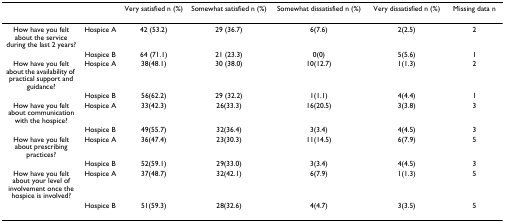
<table><thead><tr><td></td><td></td><td><b>Very satisfied n (%)</b></td><td><b>Somewhat satisfied n (%)</b></td><td><b>Somewhat dissatisfied n (%)</b></td><td><b>Very dissatisfied n (%)</b></td><td><b>Missing data n</b></td></tr></thead><tbody><tr><td>How have you felt about the service during the last 2 years?</td><td>Hospice A</td><td>42 (53.2)</td><td>29 (36.7)</td><td>6(7.6)</td><td>2(2.5)</td><td>2</td></tr><tr><td></td><td>Hospice B</td><td>64 (71.1)</td><td>21 (23.3)</td><td>0(0)</td><td>5(5.6)</td><td>1</td></tr><tr><td>How have you felt about the availability of practical support and guidance?</td><td>Hospice A</td><td>38(48.1)</td><td>30 (38.0)</td><td>10(12.7)</td><td>1(1.3)</td><td>2</td></tr><tr><td></td><td>Hospice B</td><td>56(62.2)</td><td>29 (32.2)</td><td>1(1.1)</td><td>4(4.4)</td><td>1</td></tr><tr><td>How have you felt about communication with the hospice?</td><td>Hospice A</td><td>33(42.3)</td><td>26(33.3)</td><td>16(20.5)</td><td>3(3.8)</td><td>3</td></tr><tr><td></td><td>Hospice B</td><td>49(55.7)</td><td>32(36.4)</td><td>3(3.4)</td><td>4(4.5)</td><td>3</td></tr><tr><td>How have you felt about prescribing practices?</td><td>Hospice A</td><td>36(47.4)</td><td>23(30.3)</td><td>11(14.5)</td><td>6(7.9)</td><td>5</td></tr><tr><td></td><td>Hospice B</td><td>52(59.1)</td><td>29(33.0)</td><td>3(3.4)</td><td>4(4.5)</td><td>3</td></tr><tr><td>How have you felt about your level of involvement once the hospice is involved?</td><td>Hospice A</td><td>37(48.7)</td><td>32(42.1)</td><td>6(7.9)</td><td>1(1.3)</td><td>5</td></tr><tr><td></td><td>Hospice B</td><td>51(59.3)</td><td>28(32.6)</td><td>4(4.7)</td><td>3(3.5)</td><td>5</td></tr></tbody></table>